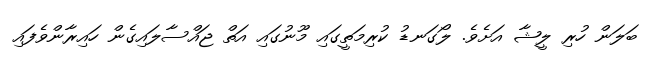
ބަލަން ހުރި ލީޝާ އަށެވެ. ލޯގަނޑު ކުރިމަތީގައި މޫނުގައި އަތް ޖައްސާލައިގެން ހައިރާންވެފައި